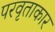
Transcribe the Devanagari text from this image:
परवृताकार